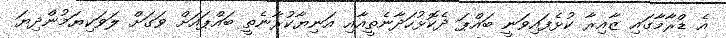
އެ ޑްރާމާގައި ޒާއިރާ ކުޅެފައިވަނީ ބައްޕަ ދެކޮޅުހަދާނެތީއާއި އަނިޔާކުރާނެތީ ބައްޕައަށް ވަގަށް ލަވަކިޔަމުންދިޔަ